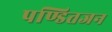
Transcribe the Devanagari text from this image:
पण्डितजन